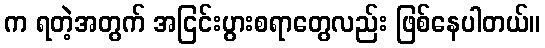
က ရတဲ့အတွက် အငြင်းပွားစရာတွေလည်း ဖြစ်နေပါတယ်။